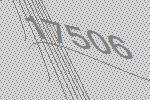
17506